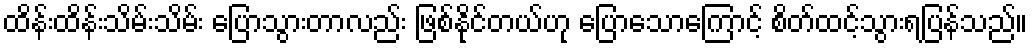
ထိန်းထိန်းသိမ်းသိမ်း ပြောသွားတာလည်း ဖြစ်နိုင်တယ်ဟု ပြောသောကြောင့် စိတ်ထင့်သွားရပြန်သည်။